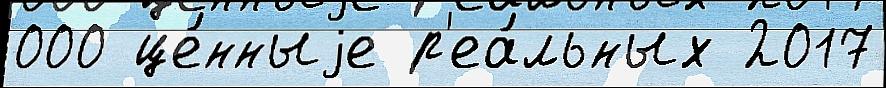
000 це́нныjе р'еа́льных 2017